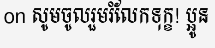
on សូមចូលរួមរំលែកទុក្ខ! ប្អូន